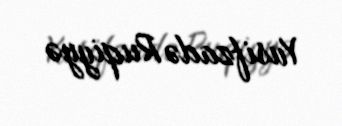
Yusifzadə Ruqiyyə